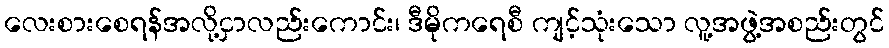
လေးစားစေရန်အလို့ငှာလည်းကောင်း၊ ဒီမိုကရေစီ ကျင့်သုံးသော လူ့အဖွဲ့အစည်းတွင်